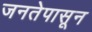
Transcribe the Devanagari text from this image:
जनतेपासून